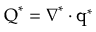
\boldsymbol { \mathrm { Q } } ^ { * } = \boldsymbol { \nabla } ^ { * } \boldsymbol { \cdot } \boldsymbol { \mathrm { q } } ^ { * }